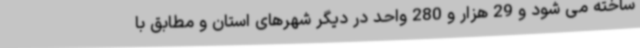
ساخته می شود و 29 هزار و 280 واحد در دیگر شهرهای استان و مطابق با